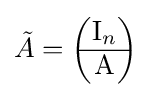
{\tilde {A}}={\begin{pmatrix}\mathrm {I} _{n}\\\hline \mathrm {A} \end{pmatrix}}